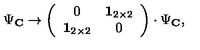
\Psi _ { \bf C } \rightarrow \left( \begin{array} { c c } { 0 } & { \mathrm { { \bf 1 } } _ { 2 \times 2 } } \\ { \mathrm { { \bf 1 } } _ { 2 \times 2 } } & { 0 } \\ \end{array} \right) \cdot \Psi _ { \bf C } ,